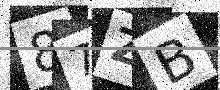
Text: 87ZB